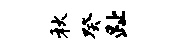
秋癸趾